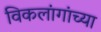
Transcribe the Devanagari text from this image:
विकलांगांच्या